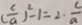
( \frac { c } { a } ) ^ { 2 } - 1 = 2 \cdot \frac { c } { a }